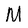
Character: M